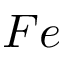
F e